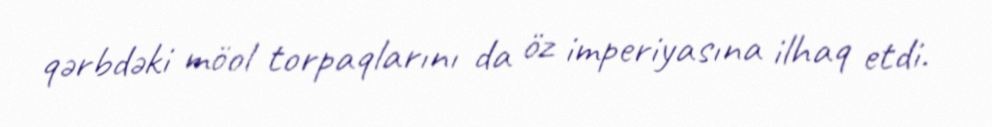
qərbdəki möol torpaqlarını da öz imperiyasına ilhaq etdi.